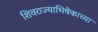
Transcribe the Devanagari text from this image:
शिवराज्याभिषेकाच्या